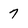
Character: 7